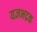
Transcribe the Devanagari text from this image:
यज्ञभद्रक